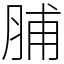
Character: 脯